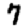
Digit: 7